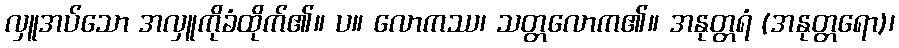
လှူအပ်သော အလှူကိုခံထိုက်၏။ ပ။ လောကဿ၊ သတ္တလောက၏။ အနုတ္တရံ (အနုတ္တရော)၊